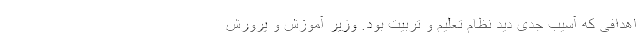
اهدافی که آسیب جدی دید نظام تعلیم و تربیت بود. وزیر آموزش و پرورش